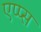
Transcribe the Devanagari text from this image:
एप्प्स